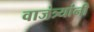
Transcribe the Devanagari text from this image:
वाजंत्र्यांनी